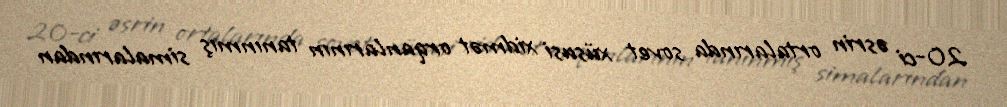
20-ci əsrin ortalarında sovet xüsusi xidmət orqanlarının tanınmış simalarından